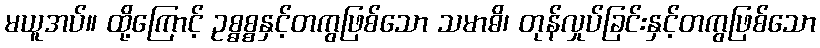
မယူအပ်။ ထို့ကြောင့် ဥစ္ဓစ္စနှင့်တကွဖြစ်သော သမာဓိ၊ တုန်လှုပ်ခြင်းနှင့်တကွဖြစ်သော